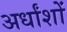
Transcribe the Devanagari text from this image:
अर्धांशों